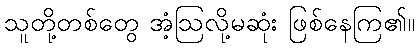
သူတို့တစ်တွေ အံ့ဩလို့မဆုံး ဖြစ်နေကြ၏။